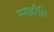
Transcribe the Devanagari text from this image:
स्पाइरैलि